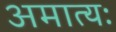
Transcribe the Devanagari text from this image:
अमात्यः